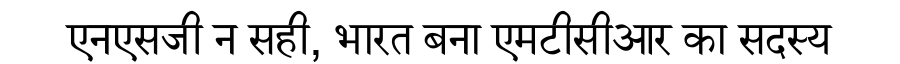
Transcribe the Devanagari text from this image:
एनएसजी न सही, भारत बना एमटीसीआर का सदस्य